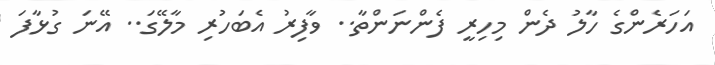
އަހަރެންގެ ހާލު ދެން މިހިރީ ފެންނަންތާ.. ވާފިރު އެބަހުރި މާލޭގަ.. އޭނަ ގުޅާފަ